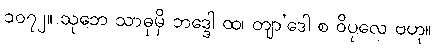
၁၀၇၂။ သုဘေ သာဓုမှိ ဘဒ္ဒေါ ထ၊ တျာ’ဒေါ စ ဝိပုလေ ဗဟု။